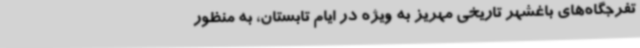
تفرجگاه‌های باغشهر تاریخی مهریز به ویژه در ایام تابستان، به منظور